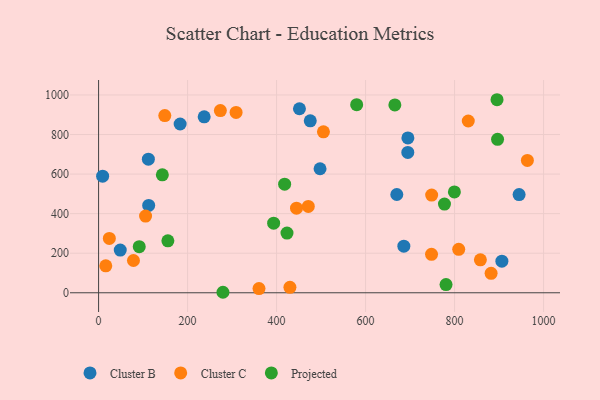
{"axis": {"x": "Engine Size", "y": "Exam Score"}, "legend": ["Cluster B", "Cluster C", "Projected"], "data": [{"x": "237.3", "y": 889.4, "type": "Cluster B"}, {"x": "695.1", "y": 783.0, "type": "Cluster B"}, {"x": "670.2", "y": 496.9, "type": "Cluster B"}, {"x": "48.7", "y": 215.7, "type": "Cluster B"}, {"x": "9.1", "y": 589.6, "type": "Cluster B"}, {"x": "183.3", "y": 853.2, "type": "Cluster B"}, {"x": "111.9", "y": 675.4, "type": "Cluster B"}, {"x": "906.3", "y": 159.5, "type": "Cluster B"}, {"x": "112.6", "y": 441.7, "type": "Cluster B"}, {"x": "945.0", "y": 496.2, "type": "Cluster B"}, {"x": "694.9", "y": 709.3, "type": "Cluster B"}, {"x": "686.0", "y": 235.5, "type": "Cluster B"}, {"x": "451.4", "y": 930.2, "type": "Cluster B"}, {"x": "475.7", "y": 869.1, "type": "Cluster B"}, {"x": "497.7", "y": 626.9, "type": "Cluster B"}, {"x": "309.0", "y": 911.6, "type": "Cluster C"}, {"x": "360.5", "y": 21.2, "type": "Cluster C"}, {"x": "148.8", "y": 895.7, "type": "Cluster C"}, {"x": "882.1", "y": 98.4, "type": "Cluster C"}, {"x": "809.3", "y": 219.6, "type": "Cluster C"}, {"x": "444.8", "y": 427.5, "type": "Cluster C"}, {"x": "273.7", "y": 921.3, "type": "Cluster C"}, {"x": "505.3", "y": 813.7, "type": "Cluster C"}, {"x": "748.2", "y": 194.3, "type": "Cluster C"}, {"x": "963.6", "y": 669.0, "type": "Cluster C"}, {"x": "16.2", "y": 136.4, "type": "Cluster C"}, {"x": "858.0", "y": 166.3, "type": "Cluster C"}, {"x": "748.5", "y": 493.8, "type": "Cluster C"}, {"x": "830.8", "y": 868.3, "type": "Cluster C"}, {"x": "471.3", "y": 436.3, "type": "Cluster C"}, {"x": "430.0", "y": 27.6, "type": "Cluster C"}, {"x": "105.6", "y": 387.9, "type": "Cluster C"}, {"x": "78.4", "y": 163.1, "type": "Cluster C"}, {"x": "24.2", "y": 274.9, "type": "Cluster C"}, {"x": "418.1", "y": 549.0, "type": "Projected"}, {"x": "777.3", "y": 448.6, "type": "Projected"}, {"x": "91.4", "y": 233.1, "type": "Projected"}, {"x": "780.8", "y": 41.4, "type": "Projected"}, {"x": "895.4", "y": 975.9, "type": "Projected"}, {"x": "423.4", "y": 302.0, "type": "Projected"}, {"x": "799.6", "y": 509.6, "type": "Projected"}, {"x": "279.5", "y": 2.5, "type": "Projected"}, {"x": "665.8", "y": 949.8, "type": "Projected"}, {"x": "393.4", "y": 351.8, "type": "Projected"}, {"x": "155.7", "y": 262.8, "type": "Projected"}, {"x": "896.6", "y": 775.6, "type": "Projected"}, {"x": "143.3", "y": 596.0, "type": "Projected"}, {"x": "580.0", "y": 950.9, "type": "Projected"}]}